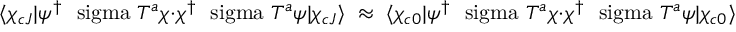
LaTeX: \langle \chi _ { c J } | \psi ^ { \dagger } \mathrm { \boldmath ~ \ s i g m a ~ } T ^ { a } \chi \cdot \chi ^ { \dagger } \mathrm { \boldmath ~ \ s i g m a ~ } T ^ { a } \psi | \chi _ { c J } \rangle \; \approx \; \langle \chi _ { c 0 } | \psi ^ { \dagger } \mathrm { \boldmath ~ \ s i g m a ~ } T ^ { a } \chi \cdot \chi ^ { \dagger } \mathrm { \boldmath ~ \ s i g m a ~ } T ^ { a } \psi | \chi _ { c 0 } \rangle \; .